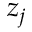
z _ { j }